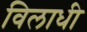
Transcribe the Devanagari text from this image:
विलाधी